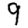
Digit: 9